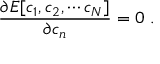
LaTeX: \frac { \partial E [ c _ { 1 } , c _ { 2 } , \cdots c _ { N } ] } { \partial c _ { n } } = 0 \; .